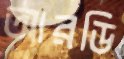
আরডি